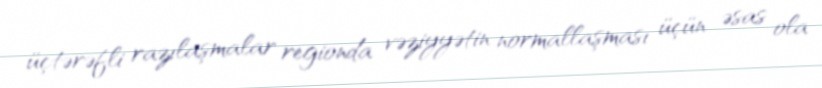
üçtərəfli razılaşmalar regionda vəziyyətin normallaşması üçün əsas ola